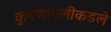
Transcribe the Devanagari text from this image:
कुंपणापलीकडले